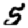
Digit: 5